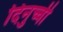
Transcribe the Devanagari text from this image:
दिनुच्ची